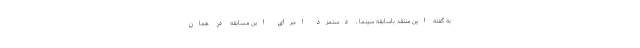
به گفته این منتقد باسابقه سینما ، دستمزد اجرای این مسابقه در همان